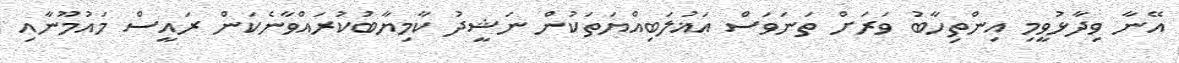
އޭނާ ވިދާޅުވީމި އިންތިހާބު ވަރަށް ތަނަވަސް އަޣުލަބިއްޔަތަކުން ނަޝީދު ކާމިޔާބުކުރައްވާނެކަން ރައީސް މައުމޫނާއި